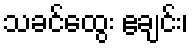
သခင်ထွေး ဧချင်း၊